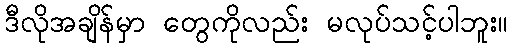
ဒီလိုအချိန်မှာ တွေကိုလည်း မလုပ်သင့်ပါဘူး။